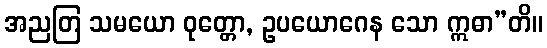
အညတြ သမယော ဝုတ္တော, ဥပယောဂေန သော ဣဓာ”တိ။